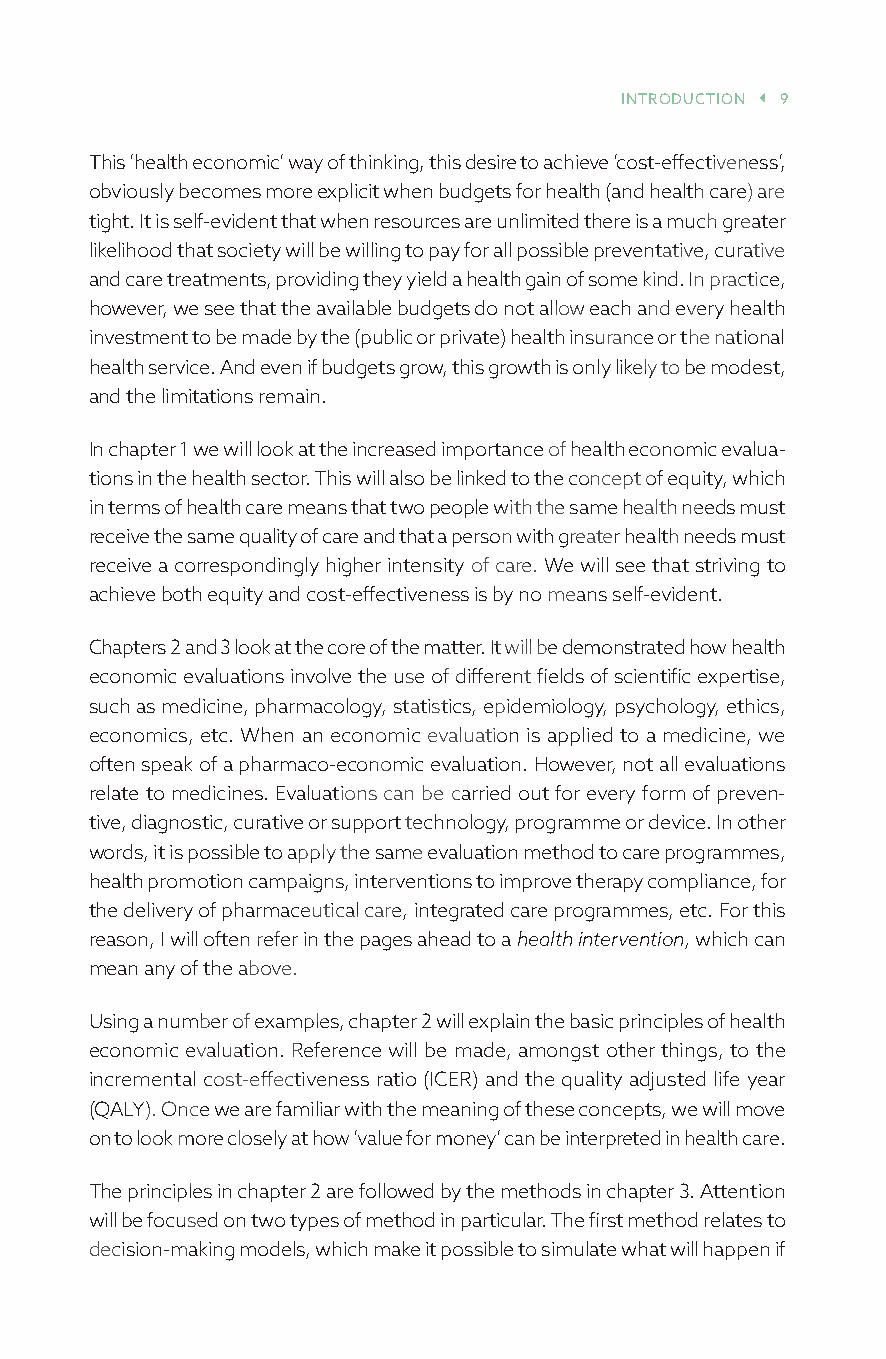
INTROduCTION  9
 This ‘health economic’ way of thinking, this desire to achieve ‘cost-effectiveness’,
 obviously becomes more explicit when budgets for health (and health care) are
 tight. It is self-evident that when resources are unlimited there is a much greater
 likelihood that society will be willing to pay for all possible preventative, curative
 and care treatments, providing they yield a health gain of some kind. In practice,
 however, we see that the available budgets do not allow each and every health
 investment to be made by the (public or private) health insurance or the national
 health service. And even if budgets grow, this growth is only likely to be modest,
 and the limitations remain.
 In chapter 1 we will look at the increased importance of health economic evalua-
 tions in the health sector. This will also be linked to the concept of equity, which
 in terms of health care means that two people with the same health needs must
 receive the same quality of care and that a person with greater health needs must
 receive a correspondingly higher intensity of care. We will see that striving to
 achieve both equity and cost-effectiveness is by no means self-evident.
 Chapters 2 and 3 look at the core of the matter. It will be demonstrated how health
 economic evaluations involve the use of different fields of scientific expertise,
 such as medicine, pharmacology, statistics, epidemiology, psychology, ethics,
 economics, etc. When an economic evaluation is applied to a medicine, we
 often speak of a pharmaco-economic evaluation. However, not all evaluations
 relate to medicines. Evaluations can be carried out for every form of preven-
 tive, diagnostic, curative or support technology, programme or device. In other
 words, it is possible to apply the same evaluation method to care programmes,
 health promotion campaigns, interventions to improve therapy compliance, for
 the delivery of pharmaceutical care, integrated care programmes, etc. For this
 reason, I will often refer in the pages ahead to a health intervention, which can
 mean any of the above.
 Using a number of examples, chapter 2 will explain the basic principles of health
 economic evaluation. Reference will be made, amongst other things, to the
 incremental cost-effectiveness ratio (ICER) and the quality adjusted life year
 (QALY). Once we are familiar with the meaning of these concepts, we will move
 on to look more closely at how ‘value for money’ can be interpreted in health care.
 The principles in chapter 2 are followed by the methods in chapter 3. Attention
 will be focused on two types of method in particular. The first method relates to
 decision-making models, which make it possible to simulate what will happen if
 527527_113 Health economics.indb 9             30/05/2018 10:39:04